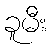
ခူမီး